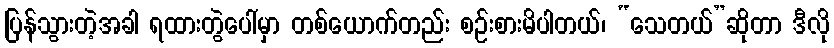
ပြန်သွားတဲ့အခါ ရထားတွဲပေါ်မှာ တစ်ယောက်တည်း စဉ်းစားမိပါတယ်၊ “သေတယ်”ဆိုတာ ဒီလို